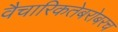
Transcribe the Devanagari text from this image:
वैचारिकतेबरोबरच